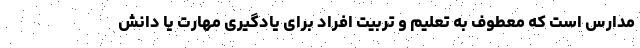
مدارس است که معطوف به تعلیم و تربیت افراد برای یادگیری مهارت یا دانش